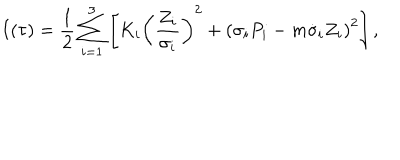
I ( \tau ) = \frac 1 { 2 } \sum _ { i = 1 } ^ { 3 } \left[ K _ { i } \left( \frac { Z _ { i } } { \sigma _ { i } } \right) ^ { 2 } + \left( \sigma _ { i } P _ { i } - m \dot { \sigma } _ { i } ^ { } Z _ { i } \right) ^ { 2 } \right] ,